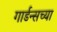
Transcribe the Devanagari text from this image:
गार्डन्सच्या